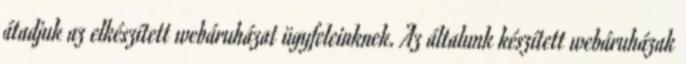
átadjuk az elkészített webáruházat ügyfeleinknek. Az általunk készített webáruházak